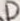
Text: D